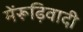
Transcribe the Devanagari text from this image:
मेंरूढ़िवादी